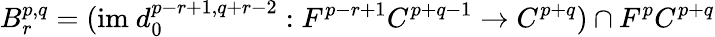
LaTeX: B_{r}^{p,q}=({\mathrm{im~}}d_{0}^{p-r+1,q+r-2}:F^{p-r+1}C^{p+q-1}\rightarrow C^{p+q})\cap F^{p}C^{p+q}